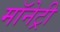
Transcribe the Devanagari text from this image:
मॉनेट्री